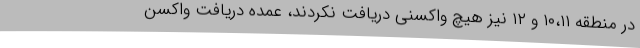
در منطقه ۱۰،۱۱ و ۱۲ نیز هیچ واکسنی دریافت نکردند، عمده دریافت واکسن